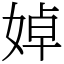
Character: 婥